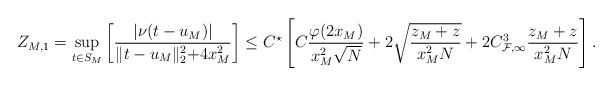
\begin{align*}Z_{M,1}=\sup_{t\in S_{M}}\left[\frac{ |\nu(t-u_M)|}{\lVert t-u_M\lVert_{2}^2+4x_{M}^2}\right]\leq C^\star\left[ C\frac{\varphi(2x_M)}{x_M^2\sqrt N}+ 2\sqrt{\frac{z_M+z}{x_M^2N}}+2C_{\mathcal F,\infty}^3\frac{z_M+z}{x_M^2N}\right].\end{align*}